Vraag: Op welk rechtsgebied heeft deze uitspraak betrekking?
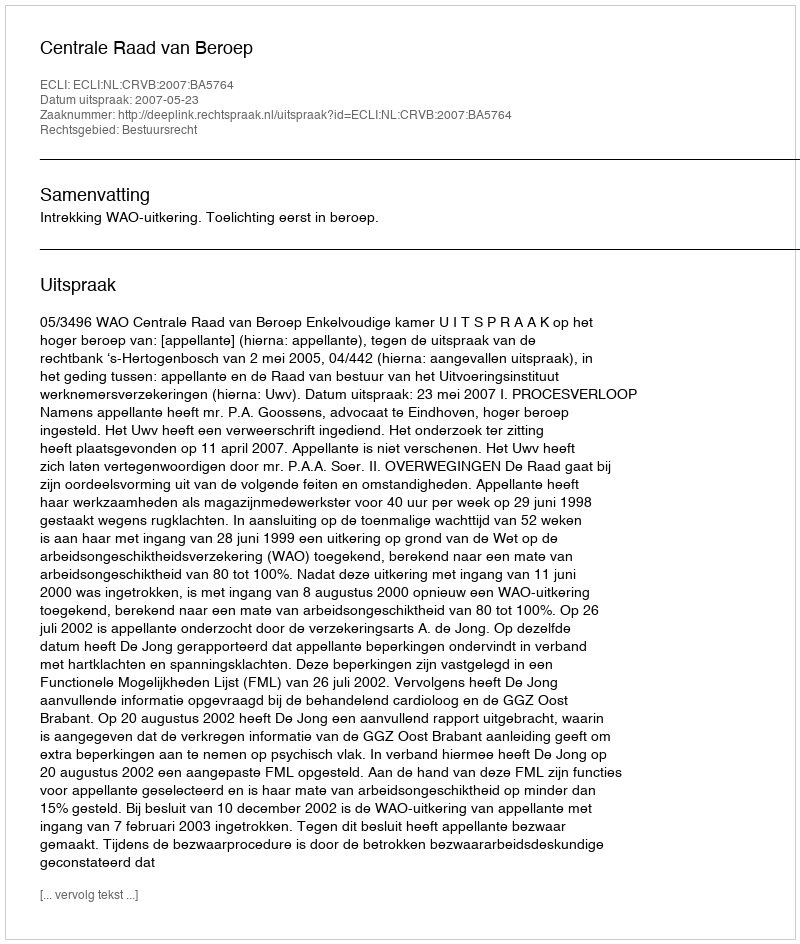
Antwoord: Bestuursrecht